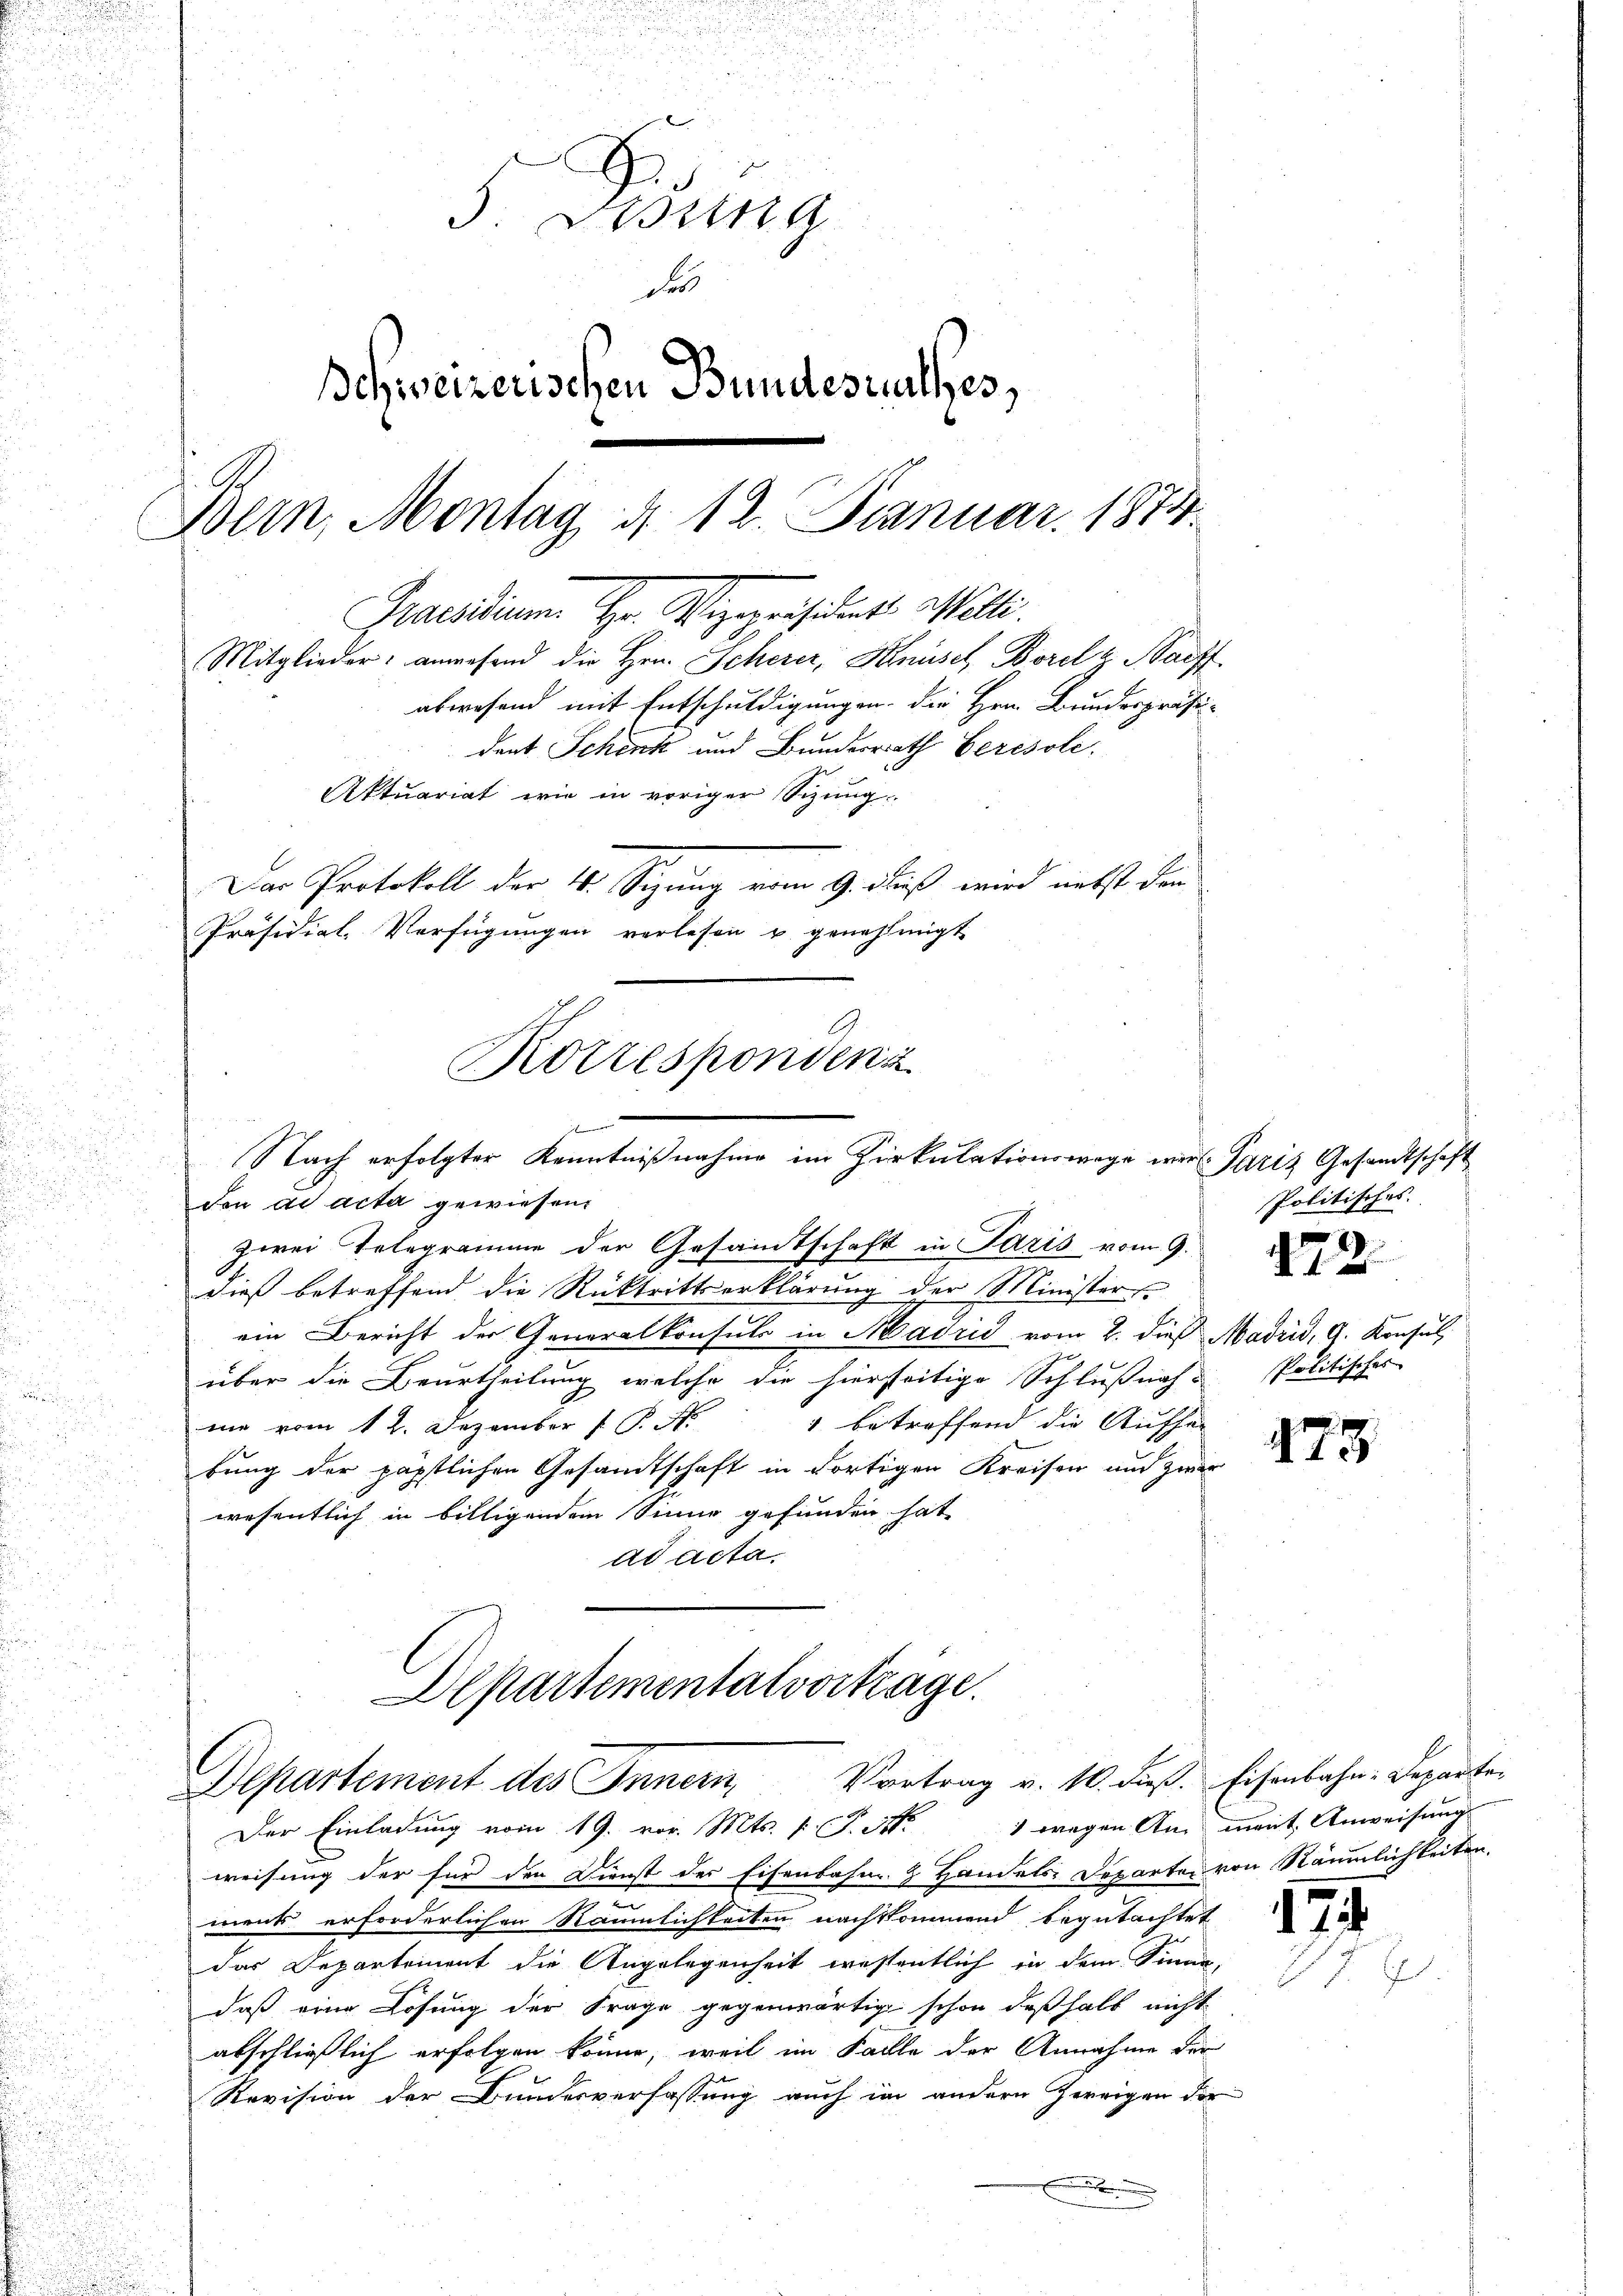
3. Bestina
de
schweizerischen Bundesrathes,
Bern, Montag d. 12. Januar 1874.
Praesidium Hr. Vizepräsident willi
Mitglieder: anwesend die Hrn. Scherer, Knüsel, Borel & Baff
abwesend mit Entschuldigungen die Hrn. Bundespräsi-
dent Schenk und Bunderrath beresole
Attuariat wie in voriger Sitzung
Das Protokoll der 16. Sizung vom 9. Fuß wird nebst den
Präsidial-Verfügungen verlesen u. genehmigt
Korrespondenz

dieß betreffend die Rücktrittserklärung der Minister
ein Bericht der Generalkonsuls in Madrić vom 2. dieß Madrid, 9. Konsul
über die Beurtheilung welche die hierseitige Schlußnah-
1 betreffend die Aufsa- |
me vom 12. Dezember P
bung der päpstlichen Gesandtschaft in dortigen Kreisen und zwei
wesentlich in billigendem Sinne gefunden hat,
ad acta.

f
Nach erfolgter Kenntnißnahme im Zirkulationswege wir Paris Gesandtschaft
den ad acta gewiesen.
zwei Telegramme der Gesamtschaft in Paris vom 9.

Departementalvortrage.
Departement des Innern Vortrag v. 10. dieβ. Eisenbahn-Departe

Der Einladung vom 19. vor. Mts. k. P. Nr. 1 wegen Am ment Anweisungs
weisung der für den Dienst des Eisenbahn & Handels-Departe von Räumlichkeiten.
ments erforderlichen Räumlichkeiten nachkommend begutachtet
das Departement die Angelegenheit wessentlich in dem Sinne,
daß eine Lösung der Frage gegenwärtig schon deßhalb nicht
abschließlich erfolgen könne, weil im Falle der Annahme der
Revision der Bundesverfassung auch im andern Zweigen der
x

Politisches.

4

1.)

Politisches

478.

7.